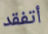
أتفقد